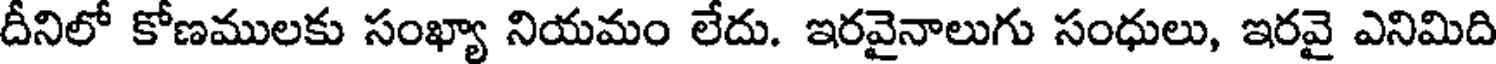
దీనిలో కోణములకు సంఖ్యా నియమం లేదు. ఇరవైనాలుగు సంధులు, ఇరవై ఎనిమిది